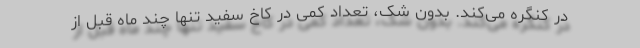
در کنگره می‌کند. بدون شک، تعداد کمی در کاخ سفید تنها چند ماه قبل از